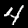
Digit: 4